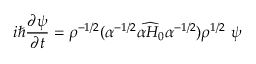
i \hbar \frac { \partial \psi } { \partial t } = { \rho } ^ { - 1 / 2 } ( \alpha ^ { - 1 / 2 } \widehat { \alpha H _ { 0 } } \alpha ^ { - 1 / 2 } ) { \rho } ^ { 1 / 2 } \ \psi